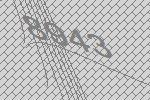
8943